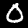
Digit: 0